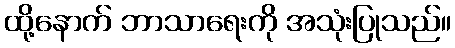
ထို့နောက် ဘာသာရေးကို အသုံးပြုသည်။